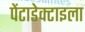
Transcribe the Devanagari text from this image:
पेंटाडेक्टाइला